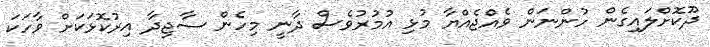
ދޫކޮށްލައިގެން ހުންނަން ވެއްޖެއްޔާ މުޅި އުމުރުވެސް ދާނީ މިހެން ސާޖިދާ އިރުކޮޅަކަށް ވާހަކަ